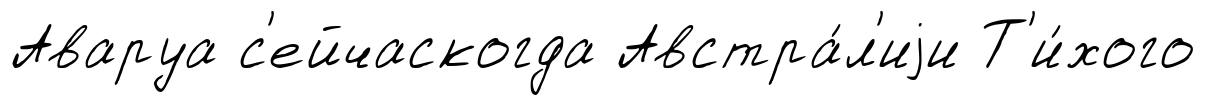
Аваруа с'ейчаскогда Австра́л'иjи Т'и́хого